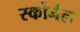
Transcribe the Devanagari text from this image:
स्कोर्नल